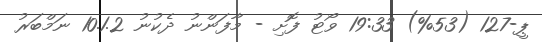
ޕީ-127 (53%) 19:33 ވޯޓު ފޮށި - މާފަންނު ދެކުނު 10.1.2 ނަމްބަރު